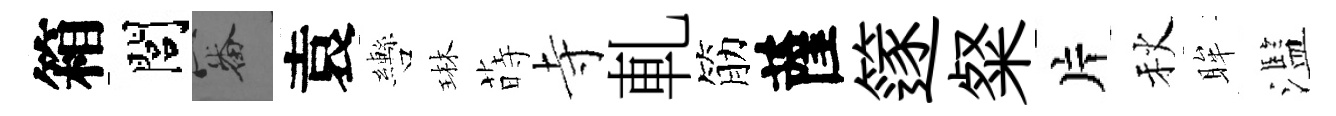
箱閭審袁轡琳蒔寺軋筋薩篴粲片秋眸濫